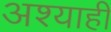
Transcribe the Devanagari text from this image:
अश्याही